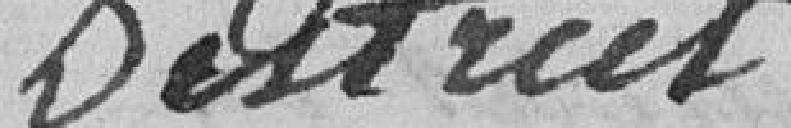
district